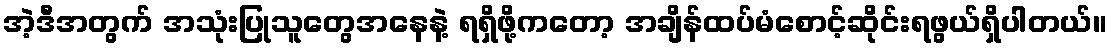
အဲ့ဒီအတွက် အသုံးပြုသူတွေအနေနဲ့ ရရှိဖို့ကတော့ အချိန်ထပ်မံစောင့်ဆိုင်းရဖွယ်ရှိပါတယ်။